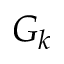
G _ { k }